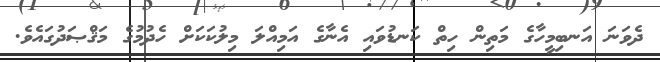
ދެވަނަ އަނބިމީހާގެ މަތިން ހިތް ކަނޑުވައި އެނާގެ އަމިއްލަ މިލުކަކަށް ހެދުމުގެ މަޤްޞަދުގައެވެ.